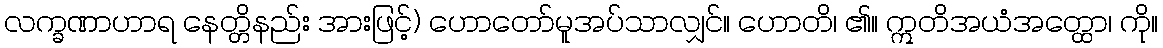
လက္ခဏာဟာရ နေတ္တိနည်း အားဖြင့်) ဟောတော်မူအပ်သာလျှင်။ ဟောတိ၊ ၏။ ဣတိအယံအတ္ထော၊ ကို။